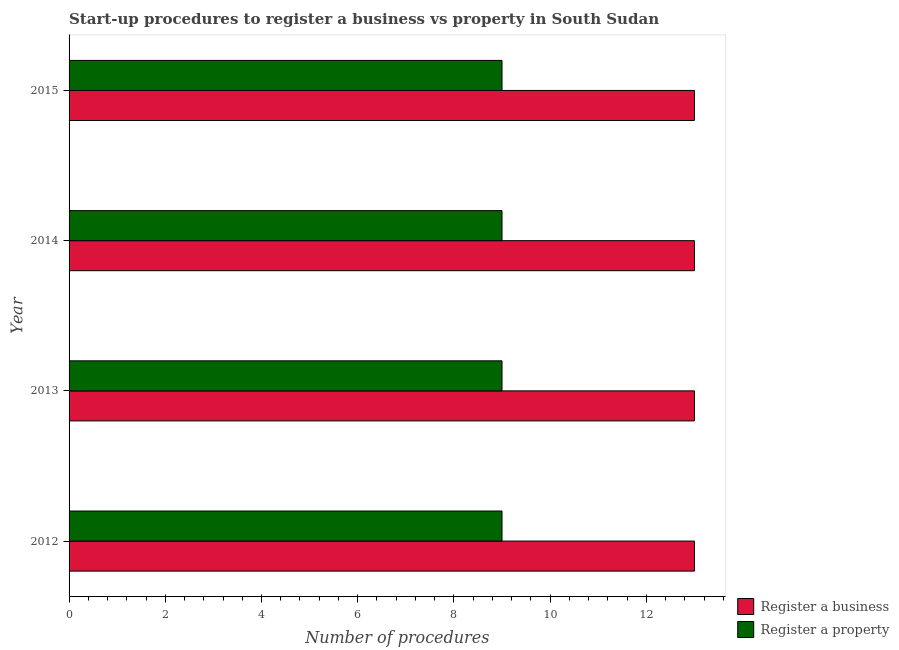
| Year | Register a business | Register a property |
 | --- | --- | --- |
 | 2012 | 13 | 9 |
 | 2013 | 13 | 9 |
 | 2014 | 13 | 9 |
 | 2015 | 13 | 9 |